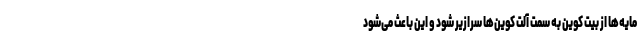
مایه‌ها از بیت کوین به سمت آلت کوین‌ها سرازیر شود و این باعث می‌شود